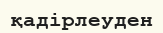
қадірлеуден